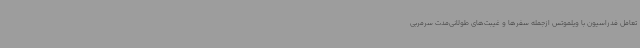
تعامل فدراسیون با ویلموتس ازجمله سفرها و غیبت‌های طولانی‌مدت سرمربی